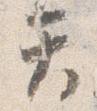
て